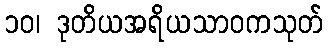
၁၀၊ ဒုတိယအရိယသာဝကသုတ်